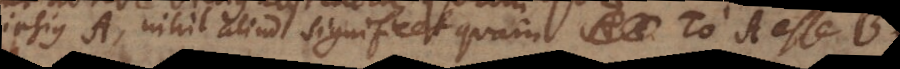
ipsius A, nihil aliud significet quam το A esse B.